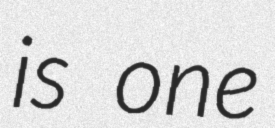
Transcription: is one